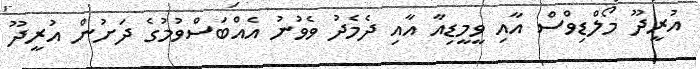
އުރީދޫ މޯލްޑިވްސް އާއި ވީމީޑިއާ އާއި ދެމެދު ވެވުނު އެއްބަސްވުމުގެ ދަށުން އުރީދޫ